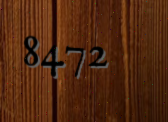
8472